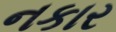
નકાર